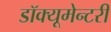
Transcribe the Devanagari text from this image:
डॉक्यूमेन्टरी